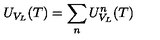
U _ { V _ { L } } ( T ) = \sum _ { n } U _ { V _ { L } } ^ { n } ( T )